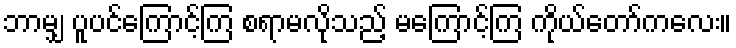
ဘာမျှ ပူပင်ကြောင့်ကြ စရာမလိုသည့် မကြောင့်ကြ ကိုယ်တော်ကလေး။